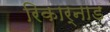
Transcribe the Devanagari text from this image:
रिकार्नाड